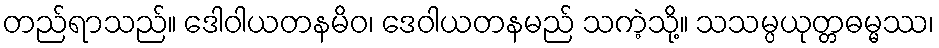
တည်ရာသည်။ ဒေါဝါယတနမိဝ၊ ဒေဝါယတနမည် သကဲ့သို့။ သသမ္ပယုတ္တဓမ္မဿ၊